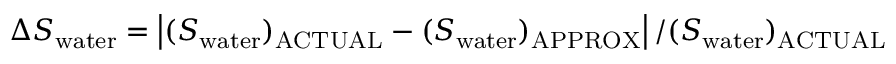
\Delta S _ { \mathrm { w a t e r } } = \left| ( S _ { \mathrm { w a t e r } } ) _ { \mathrm { A C T U A L } } - ( S _ { \mathrm { w a t e r } } ) _ { \mathrm { A P P R O X } } \right| / ( S _ { \mathrm { w a t e r } } ) _ { \mathrm { A C T U A L } }